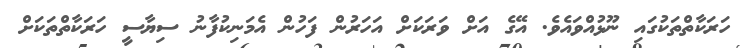
ހަރަކާތްތަކުގައި ނޫޅުއްވައެވެ. އޭގެ އަށް ވަރަކަށް އަހަރުން ފަހުން އެމަނިކުފާނު ސިޔާސީ ހަރަކާތްތަކަށް